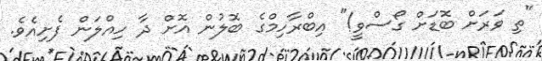
"ތި ވަރަށް ބޮޑަށް ގޯސްވީ!" އިބްރާހިމްގެ ބޮލުން އޮށް ދާ ހިއްލަން ފެށިއެވެ.